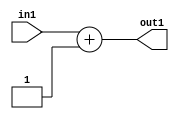
`timescale 1ps / 1ps
/*****************************************************************************
    Verilog RTL Description
    
    
    Created by: Stratus DpOpt 21.05.01 
*******************************************************************************/

module Filter_Add_5U_2_4 (
	in1,
	out1
	); /* architecture "behavioural" */ 
input [4:0] in1;
output [4:0] out1;
wire [4:0] asc001;

assign asc001 = 
	+(in1)
	+(5'B00001);

assign out1 = asc001;
endmodule

/* CADENCE  urfxTgk= : u9/ySxbfrwZIxEzHVQQV8Q== ** DO NOT EDIT THIS LINE ******/